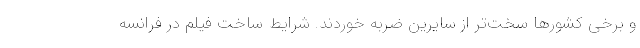
و برخی کشورها سخت‌تر از سایرین ضربه خوردند. شرایط ساخت فیلم در فرانسه